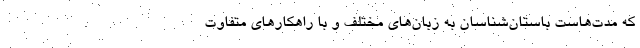
که مدت‌هاست باستان‌شناسان به زبان‌های مختلف و با راهکارهای متفاوت